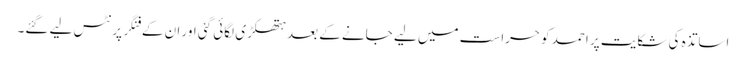
اساتذہ کی شکایت پر احمد کو حراست میں لیے جانے کے بعد ہتھکڑی لگائی گئی اور ان کے فنگر پرنٹس لیے گئے۔